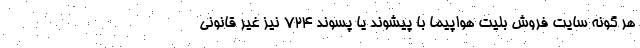
هر گونه سایت فروش بلیت هواپیما با پیشوند یا پسوند ۷۲۴ نیز غیر قانونی